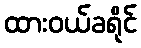
ထားဝယ်ခရိုင်